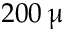
2 0 0 \, \upmu